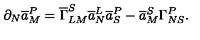
\partial _ { N } \overline { { a } } _ { M } ^ { P } = \overline { { \Gamma } } _ { L M } ^ { S } \overline { { a } } _ { N } ^ { L } \overline { { a } } _ { S } ^ { P } - \overline { { a } } _ { M } ^ { S } \Gamma _ { N S } ^ { P } .